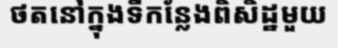
ថតនៅក្នុងទីកន្លែងពិសិដ្ឋមួយ